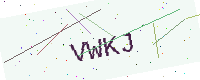
Text: VWKJ